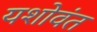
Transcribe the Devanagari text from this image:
यशोवंत